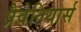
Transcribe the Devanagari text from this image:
प्रैवेतियार्स